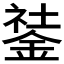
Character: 𨧽